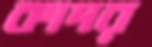
কাদর